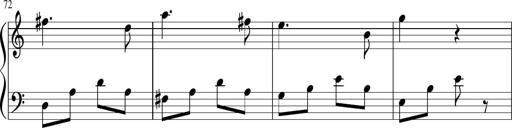
Title: Sonatina in G major
Composer: Friedrich Kuhlau
Key: G major